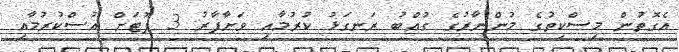
އެގޮތުން މިސްކިތުގެ މުންނާރުގެ ގުއްބު ރަނގަޅު ކުރުމާއި ވަށާފާރު 3 ފޫޓަށް އުސްކުރުމާއި